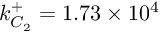
k _ { C _ { 2 } } ^ { + } = 1 . 7 3 \times 1 0 ^ { 4 }